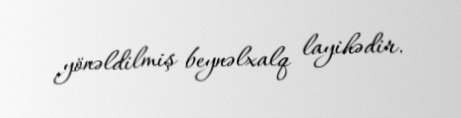
yönəldilmiş beynəlxalq layihədir.